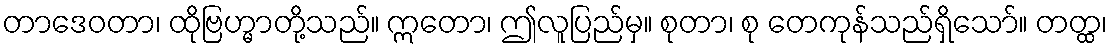
တာဒေဝတာ၊ ထိုဗြဟ္မာတို့သည်။ ဣတော၊ ဤလူပြည်မှ။ စုတာ၊ စု တေကုန်သည်ရှိသော်။ တတ္ထ၊